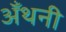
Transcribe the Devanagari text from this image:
ॲंथनी